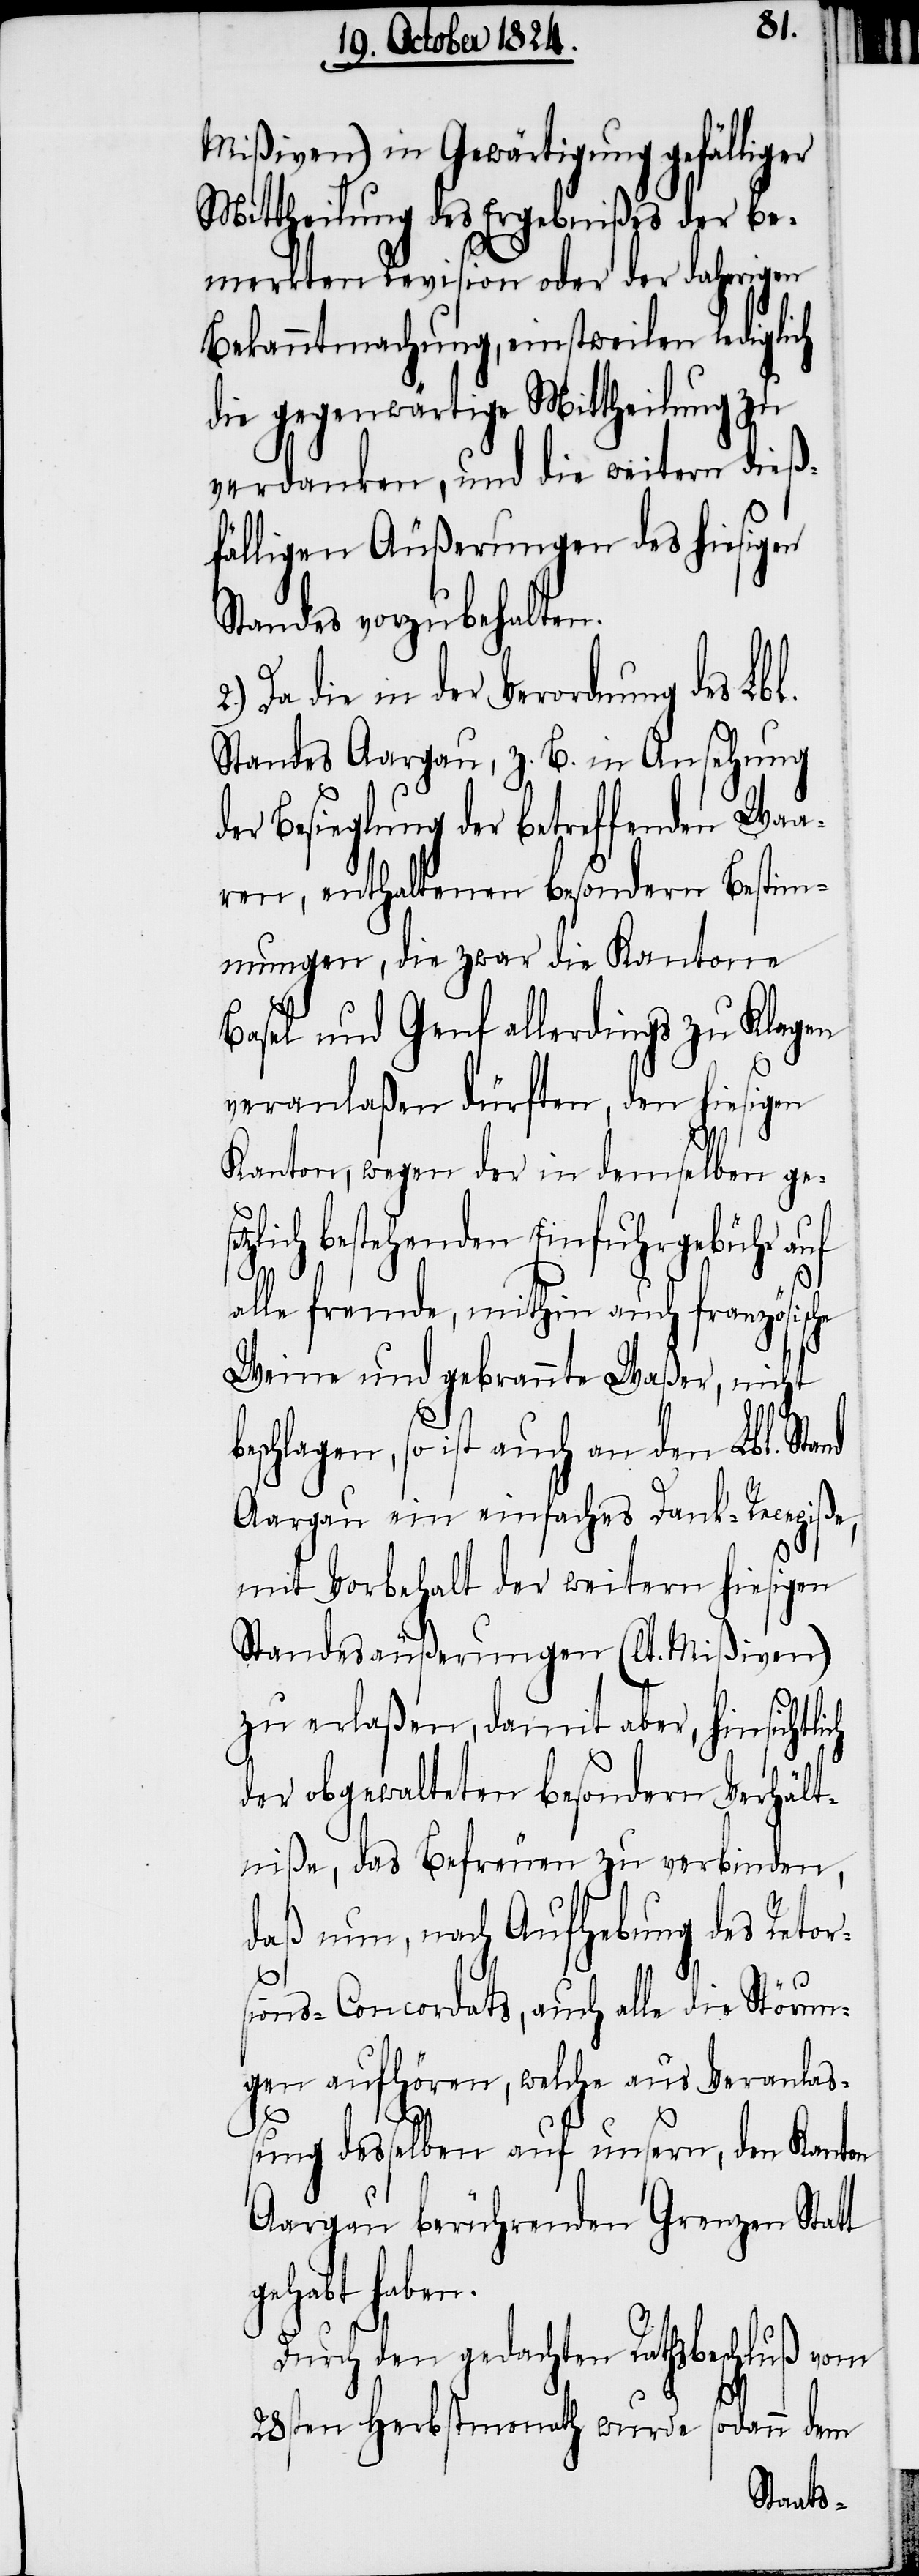
n.
Mißiven) in Gewärtigung gefälliger
Mittheilung des Ergebnißes der Be¬
merkten Revision oder der daherigen
Bekanntmachung, einstweilen lediglich
die gegenwärtige Mittheilung zu
verdanken, und die weitern dieß¬
fälligen Äußerungen des hiesigen
Standes vorzubehalten.
die in der Verordnung des Lbl.
Standes Aargau, z. B. in Ansehung
der Besieglung der betreffenden Waa¬
ren, enthaltenen besondern Bestim¬
mungen, die zwar die Kantone
Basel und Genf allerdings zu Klagen
veranlaßen dürften, den hiesigen
Kanton, wegen der in demselben ge¬
tzlich bestehenden Einfuhrgebühr auf
alle fremde, mithin auch französische
Weine und gebrannte Waßer, nicht
eschlagen, so ist auch an den Lbl. Stand
Aargau ein einfaches Dank-Recepiße,
mit Vorbehalt der weitern hiesigen
Standesäußerungen (lt. Mißiven)
zu erlaßen, damit aber, hinsichtli¬
der obgewalteten besondern Verhält¬
niße, das Befreuen zu verbinden,
daß nun, nach Aufhebung des Retor¬
sions-Concordats, auch alle die Störun¬
gen aufhören, welche aus Veranlaß¬
ung desselben auf unsern, den Kanton
Aargau berührenden Grenzen Statt
gehabt habe¬
Durch den gedachten Rathsbeschluß vom
se¬
28sten Herbstmonath wurde sodann dem